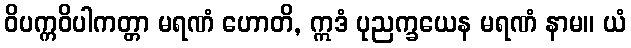
ဝိပက္ကဝိပါကတ္တာ မရဏံ ဟောတိ, ဣဒံ ပုညက္ခယေန မရဏံ နာမ။ ယံ